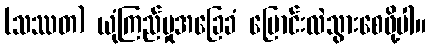
(သဿတ) ယုံကြည်မှုအခြေခံ ပြောင်းလဲသွားစေဖို့ပါ။